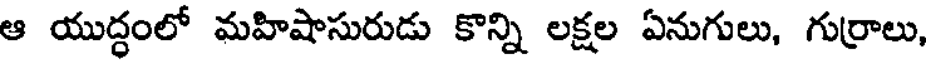
ఆ యుద్ధంలో మహిషాసురుడు కొన్ని లక్షల ఏనుగులు, గుర్రాలు,